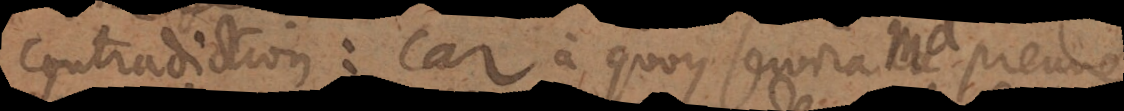
contradiction: car à quoy servira ma preuve,